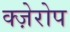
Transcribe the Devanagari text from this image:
क्ज़ेरोप